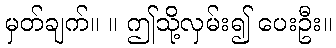
မှတ်ချက်။ ။ ဤသို့လှမ်း၍ ပေးဦး။